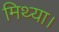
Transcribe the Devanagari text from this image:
मिथ्या।